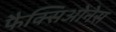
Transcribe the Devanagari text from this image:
फैक्सिओनेस